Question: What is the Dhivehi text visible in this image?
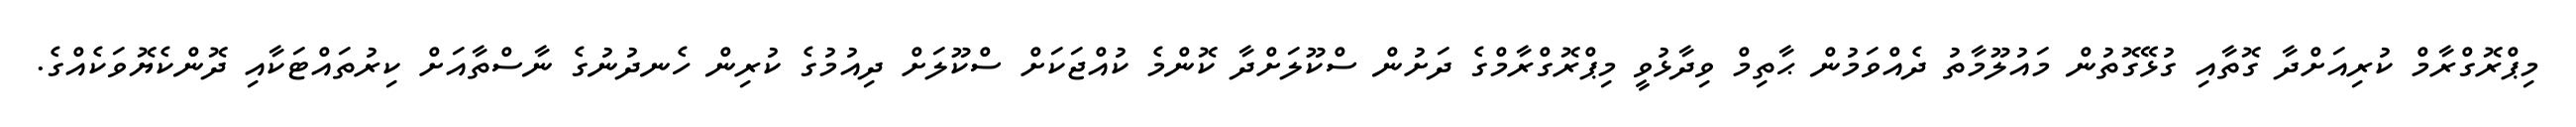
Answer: މިޕްރޮގްރާމް ކުރިއަށްދާ ގޮތާއި ގުޅޭގޮތުން މައުލޫމާތު ދެއްވަމުން ޙާތިމް ވިދާޅުވީ މިޕްރޮގްރާމްގެ ދަށުން ސްކޫލަށްދާ ކޮންމެ ކުއްޖަކަށް ސްކޫލަށް ދިއުމުގެ ކުރިން ހެނދުނުގެ ނާސްތާއަށް ކިރުތައްޓަކާއި ދޮންކެޔޮވަކެއްގެ.